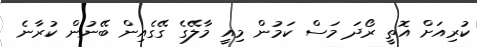
ކުރިއަށް އޮތީ ރޯދަ މަސް ކަމުން މިއީ މާލޭގެ ގޭގެއިން ބޭނުން ކުރާނެ